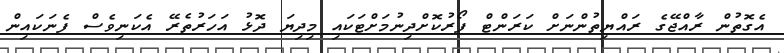
އެގޮތުން ރާއްޖޭގެ ރައްޔިތުންނަށް ކަރަންޓް ފޯރުކޮށްދިނުމަށްޓަކައި މިދިޔަ ދޮޅު އަހަރުތެރޭ އެކަނިވެސް ފެނަކައިން